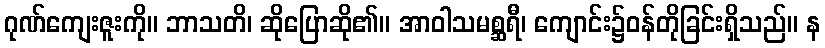
ဂုဏ်ကျေးဇူးကို။ ဘာသတိ၊ ဆိုပြောဆို၏။ အာဝါသမစ္ဆရီ၊ ကျောင်း၌ဝန်တိုခြင်းရှိသည်။ န